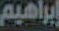
إبراهيم